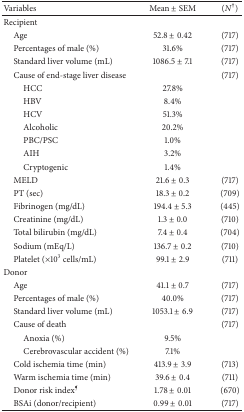
<table><thead><tr><td><b>Variables</b></td><td><b>Mean ± SEM</b></td><td><b>(<i>N</i><sup>†</sup>)</b></td></tr></thead><tbody><tr><td>Recipient</td><td> </td><td> </td></tr><tr><td> Age </td><td>52.8 ± 0.42</td><td>(717)</td></tr><tr><td> Percentages of male (%)</td><td>31.6%</td><td>(717)</td></tr><tr><td> Standard liver volume (mL)</td><td>1086.5 ± 7.1</td><td>(717)</td></tr><tr><td> Cause of end-stage liver disease</td><td> </td><td>(717)</td></tr><tr><td>HCC</td><td>27.8%</td><td> </td></tr><tr><td>HBV</td><td>8.4%</td><td> </td></tr><tr><td>HCV</td><td>51.3%</td><td> </td></tr><tr><td>Alcoholic</td><td>20.2%</td><td> </td></tr><tr><td>PBC/PSC</td><td>1.0%</td><td> </td></tr><tr><td>AIH</td><td>3.2%</td><td> </td></tr><tr><td>Cryptogenic</td><td>1.4%</td><td> </td></tr><tr><td> MELD</td><td>21.6 ± 0.3</td><td>(717)</td></tr><tr><td> PT (sec)</td><td>18.3 ± 0.2</td><td>(709)</td></tr><tr><td> Fibrinogen (mg/dL)</td><td>194.4 ± 5.3</td><td>(445)</td></tr><tr><td> Creatinine (mg/dL)</td><td>1.3 ± 0.0</td><td>(710)</td></tr><tr><td> Total bilirubin (mg/dL)</td><td>7.4 ± 0.4</td><td>(704)</td></tr><tr><td> Sodium (mEq/L)</td><td>136.7 ± 0.2</td><td>(710)</td></tr><tr><td> Platelet (×10<sup>3</sup> cells/mL)</td><td>99.1 ± 2.9</td><td>(711)</td></tr><tr><td>Donor</td><td> </td><td> </td></tr><tr><td> Age</td><td>41.1 ± 0.7</td><td>(717)</td></tr><tr><td> Percentages of male (%)</td><td>40.0%</td><td>(717)</td></tr><tr><td> Standard liver volume (mL)</td><td>1053.1 ± 6.9</td><td>(717)</td></tr><tr><td> Cause of death</td><td> </td><td>(717)</td></tr><tr><td>Anoxia (%)</td><td>9.5%</td><td> </td></tr><tr><td>Cerebrovascular accident (%)</td><td>7.1%</td><td> </td></tr><tr><td> Cold ischemia time (min)</td><td>413.9 ± 3.9</td><td>(713)</td></tr><tr><td> Warm ischemia time (min)</td><td>39.6 ± 0.4</td><td>(711)</td></tr><tr><td> Donor risk index<sup>¶</sup></td><td>1.78 ± 0.01</td><td>(670)</td></tr><tr><td> BSAi (donor/recipient)</td><td>0.99 ± 0.01</td><td>(717)</td></tr></tbody></table>